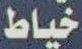
خياط